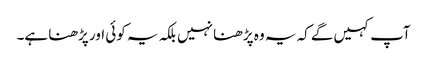
آپ کہیں‌گے کہ یہ وہ پڑھنا نہیں بلکہ یہ کوئی اور پڑھنا ہے۔